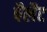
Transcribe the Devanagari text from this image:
पैलैट